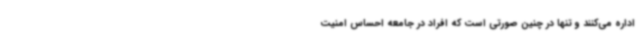
اداره می‌کنند و تنها در چنین صورتی است که افراد در جامعه احساس امنیت